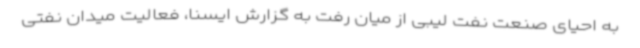
به احیای صنعت نفت لیبی از میان رفت به گزارش ایسنا، فعالیت میدان نفتی